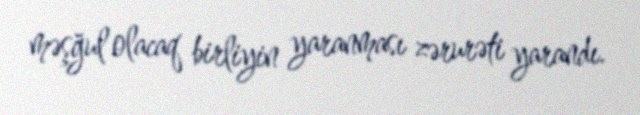
məşğul olacaq birliyin yaranması zərurəti yarandı.